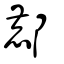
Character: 鄜